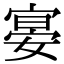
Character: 𡩷